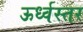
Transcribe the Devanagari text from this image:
ऊर्ध्वस्तर